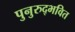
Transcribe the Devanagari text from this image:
पुनुरुद्भवित